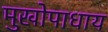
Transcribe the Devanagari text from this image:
मुखोपाधाय